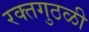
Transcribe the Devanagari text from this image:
रक्तगुठळी